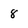
Character: 8